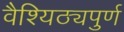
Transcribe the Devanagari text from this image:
वैश्यिठ्यपुर्ण